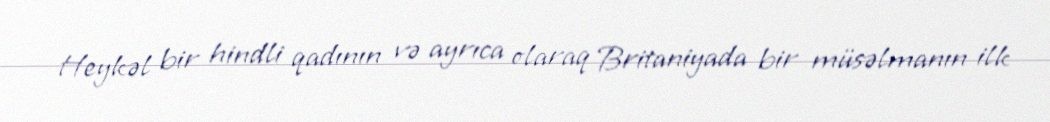
Heykəl bir hindli qadının və ayrıca olaraq Britaniyada bir müsəlmanın ilk